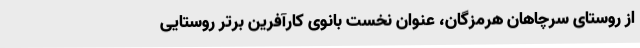
از روستای سرچاهان هرمزگان، عنوان نخست بانوی کارآفرین برتر روستایی